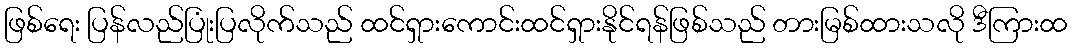
ဖြစ်ရေး ပြန်လည်ပြုံးပြလိုက်သည် ထင်ရှားကောင်းထင်ရှားနိုင်ရန်ဖြစ်သည် တားမြစ်ထားသလို ဒီကြားထ